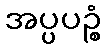
အပ္ပပဉ္စံ